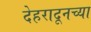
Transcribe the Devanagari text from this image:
देहरादूनच्या